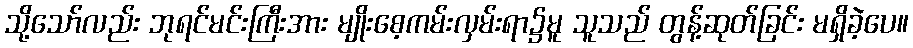
သို့သော်လည်း ဘုရင်မင်းကြီးအား မျိုးစေ့ကမ်းလှမ်းရာ၌မူ သူသည် တွန့်ဆုတ်ခြင်း မရှိခဲ့ပေ။